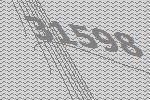
31598